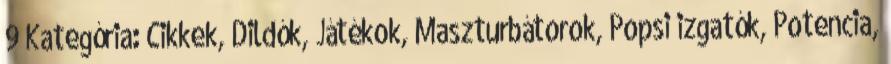
9 Kategória: Cikkek, Dildók, Játékok, Maszturbátorok, Popsi izgatók, Potencia,